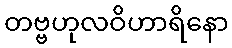
တဗ္ဗဟုလဝိဟာရိနော